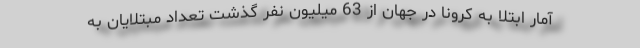
آمار ابتلا به کرونا در جهان از 63 میلیون نفر گذشت تعداد مبتلایان به